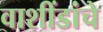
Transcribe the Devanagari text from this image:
वाशींडांचे